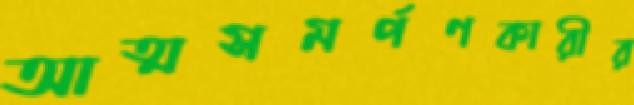
আত্মসমর্পণকারীর